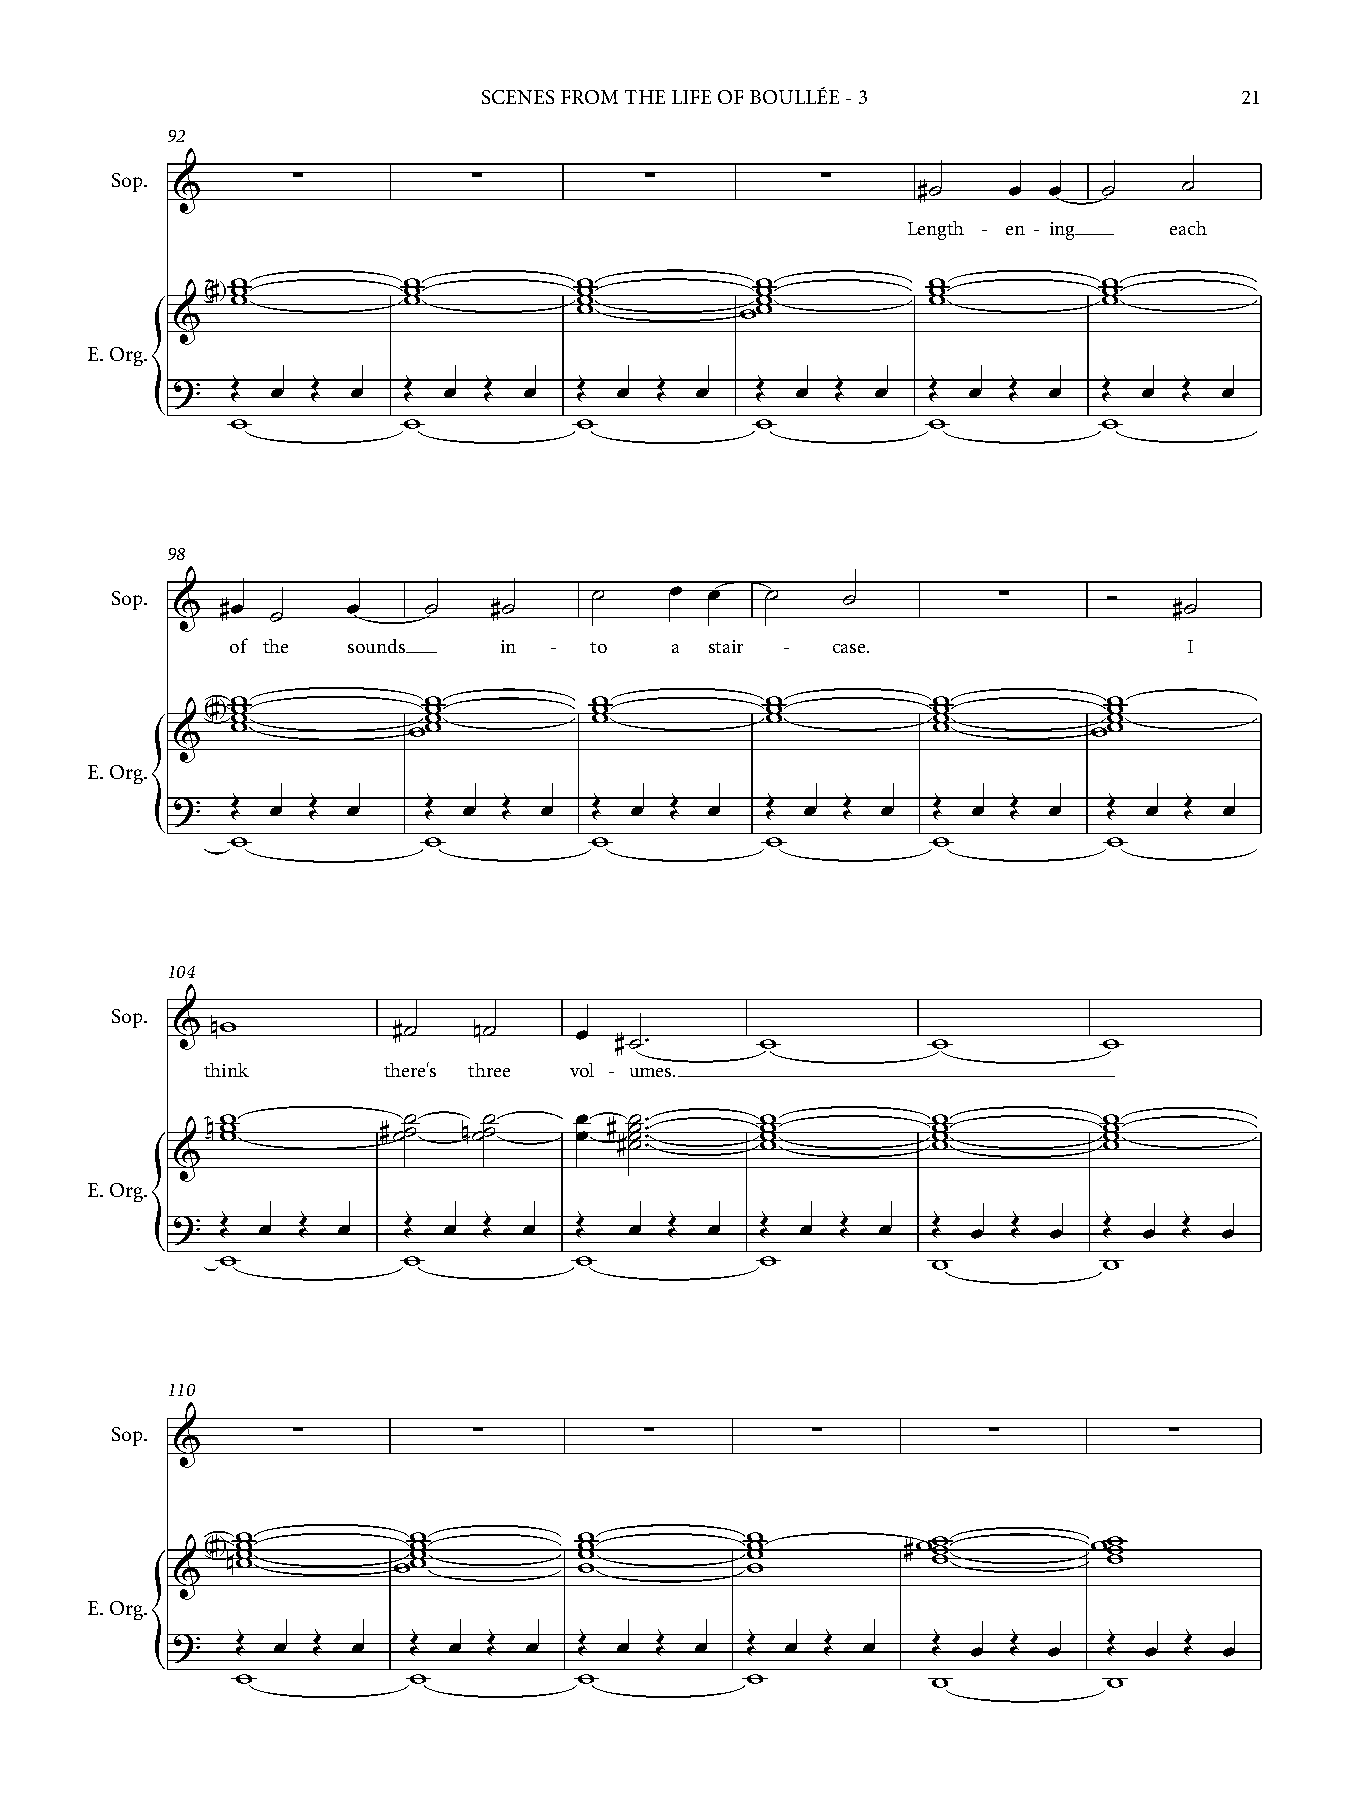
SCENES FROM THE LIFE OF BOULLÉE - 3               21
 92
 Sop. &      ∑          ∑          ∑         ∑     #˙    œ œ   ˙    ˙
 Length - en - ing each
 w           w          w           w           w          w
 # w          w          w           w           w          w
 < >w         w          w           w           w          w
 w          ww
 &
 E. Org.
 ?   Œ  œ  Œ œ   Œ œ  Œ  œ  Œ  œ Œ  œ   Œ  œ Œ  œ   Œ œ  Œ œ   Œ  œ Œ  œ
 {    w           w          w           w           w          w
 98
 Sop.                            ˙    œ  œ   ˙    ˙         ∑     Ó
 &   #œ      œ    ˙   #˙                                            #˙
 ˙
 of the  sounds    in -  to   a  stair - case.                   I
 w            w          w           w          w          w
 # w           w          w           w          w          w
 < >w          w          w           w          w          w
 w           ww                                 w         ww
 &
 E. Org.
 ?   Œ  œ Œ  œ    Œ  œ Œ  œ  Œ  œ Œ  œ   Œ œ  Œ œ   Œ œ  Œ œ   Œ  œ Œ  œ
 {    w            w          w           w          w          w
 104
 Sop.
 &  nw          #˙   n˙     œ
 #˙™      w           w          w
 think       there's three vol - umes.
 w           ˙    ˙     œ   ˙       w           w          w
 nw w       #˙˙   n˙˙    œ # ˙ ˙™™   w w         w w        w w
 #˙™      w           w          w
 &                               ™
 E. Org.
 ?   Œ œ  Œ œ    Œ œ  Œ  œ  Œ   œ Œ  œ  Œ  œ  Œ œ   Œ œ  Œ  œ  Œ  œ Œ  œ
 {    w           w          w           w           w          w
 110
 Sop.        ∑          ∑          ∑         ∑         ∑          ∑
 &
 <# > nw w w w ww w w w  w w w w    w w w w    #ww w w     ww w w
 &
 E. Org.
 ?    Œ œ  Œ œ   Œ  œ Œ  œ  Œ  œ Œ  œ  Œ  œ  Œ œ    Œ œ  Œ œ   Œ  œ Œ  œ
 {     w          w          w          w            w          w